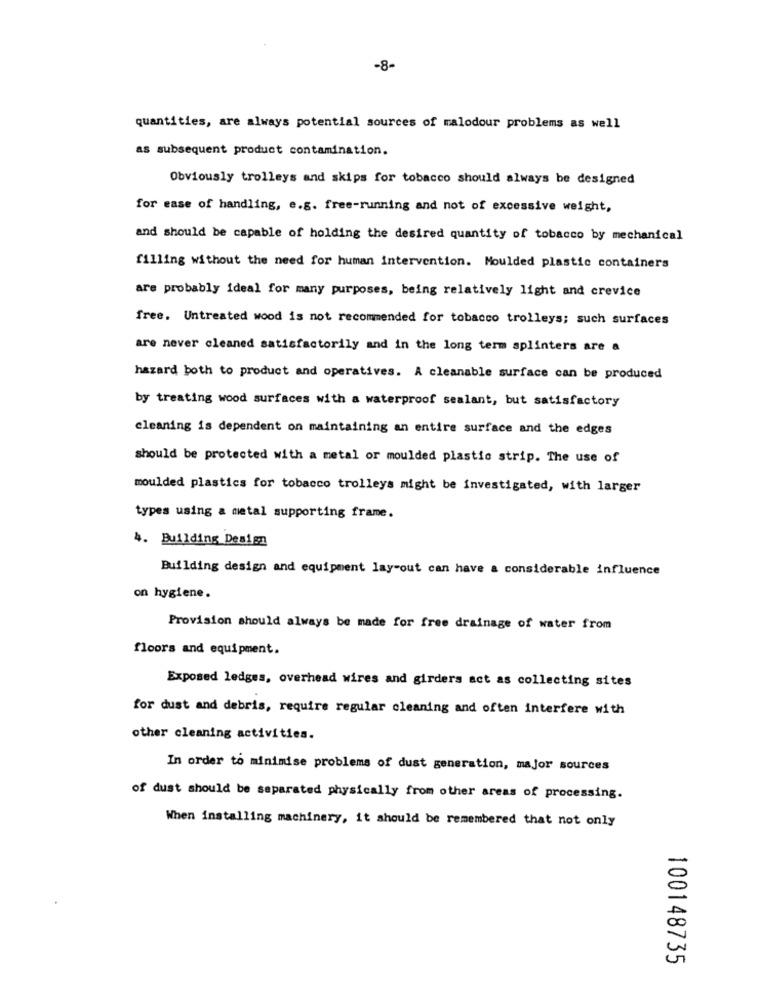
-8-
quantities, are always potential sources of malodour problems as well
as subsequent product contamination.
Obviously trolleys and skips for tobacco should always be designed
for ease of handling, e.g. free-running and not of excessive weight,
and should be capable of holding the desired quantity of tobacco by mechanical
filling without the need for human intervention. Moulded plastic containers
are probably ideal for many purposes, being relatively light and crevice
free. Untreated wood is not recommended for tobacco trolleys; such surfaces
are never cleaned satisfactorily and in the long term splinters are a
hazard both to product and operatives. A cleanable surface can be produced
by treating wood surfaces with a waterproof sealant, but satisfactory
cleaning is dependent on maintaining an entire surface and the edges
should be protected with a metal or moulded plastic strip. The use of
moulded plastics for tobacco trolleys might be investigated, with larger
types using a metal supporting frame.
4. Building Design
Building design and equipment lay-out can have a considerable influence
on hygiene.
Provision should always be made for free drainage of water from
floors and equipment.
Exposed ledges, overhead wires and girders act as collecting sites
for dust and debris, require regular cleaning and often interfere with
other cleaning activities.
In order to minimise problems of dust generation, major sources
of dust should be separated physically from other areas of processing.
When installing machinery, it should be remembered that not only
100148735